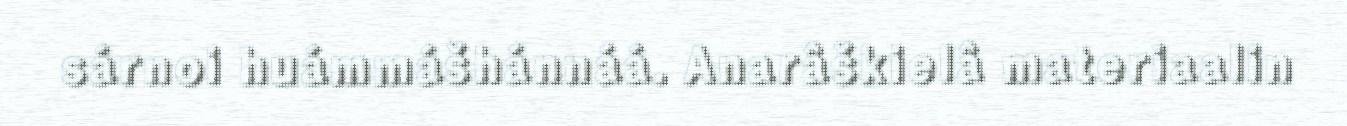
sárnoi huámmášhánnáá. Anarâškielâ materiaalin